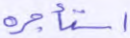
استأجره